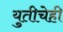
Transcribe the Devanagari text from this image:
युतीचेही